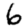
Digit: 6